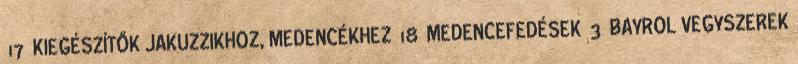
17 KIEGÉSZÍTŐK JAKUZZIKHOZ, MEDENCÉKHEZ 18 MEDENCEFEDÉSEK 3 BAYROL VEGYSZEREK